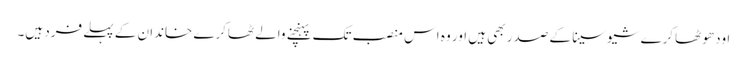
اودھو ٹھاکرے شیوسینا کے صدر بھی ہیں اور وہ اس منصب تک پہنچنے والے ٹھاکرے خاندان کے پہلے فرد ہیں۔